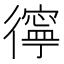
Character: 㣷